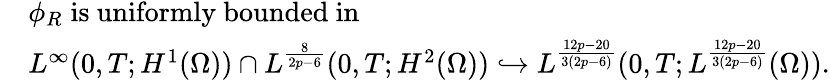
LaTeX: \begin{array}{rl}&{\phi_{R}\; \mathrm{is~uniformly~bounded~in}\; }\\ &{L^{\infty}(0,T;H^{1}(\Omega))\cap L^{\frac{8}{2p-6}}(0,T;H^{2}(\Omega))\hookrightarrow L^{\frac{12p-20}{3(2p-6)}}(0,T;L^{\frac{12p-20}{3(2p-6)}}(\Omega)).}\end{array}